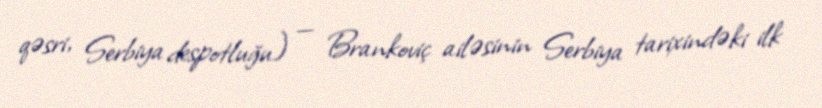
qəsri, Serbiya despotluğu) — Brankoviç ailəsinin Serbiya tarixindəki ilk